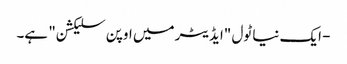
- ایک نیا ٹول "ایڈیٹر میں اوپن سلیکشن" ہے۔